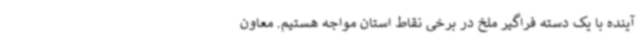
آینده با یک دسته فراگیر ملخ در برخی نقاط استان مواجه هستیم. معاون